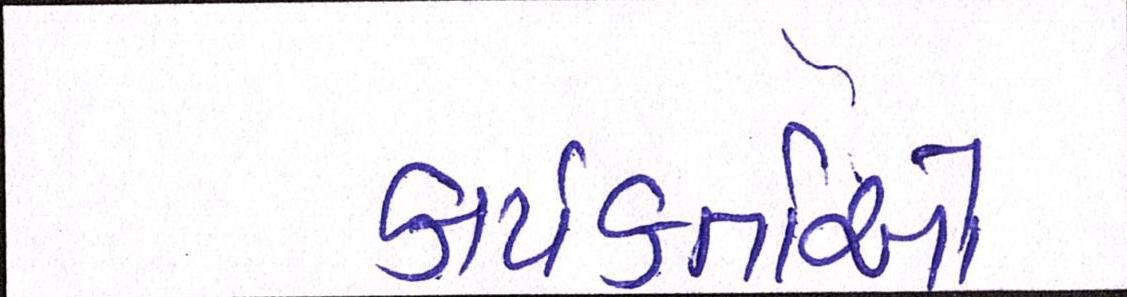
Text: કાર્યકર્તાઓ